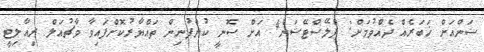
ސަންއަށް ޚަބަރެއް ދެއްވުމަށް: ޕްލޭސްޓޭޝަން4 އަށް ސޮނީ ކުންފުނިން ތައްޔާރުކޮށްފައިވާ ވާޗުއަލް ރިއާލިޓީ